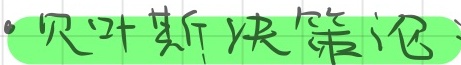
贝叶斯决策论